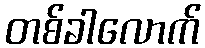
တစ်ခါလောက်